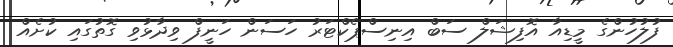
ފުލުހުންގެ މީޑިއާ އޮފިޝަލް ސަބް އިނިސްޕެކްޓަރު ހަސަން ހަނީފް ވިދާޅުވި ގޮތުގައި ކުށެއް